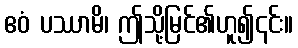
ဧဝံ ပဿာမိ၊ ဤသို့မြင်၏ဟူ၍၎င်း။